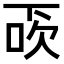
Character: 𠀿